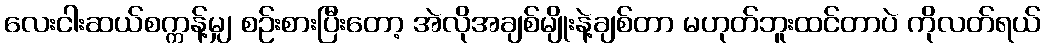
လေးငါးဆယ်စက္ကန့်မျှ စဉ်းစားပြီးတော့ အဲလိုအချစ်မျိုးနဲ့ချစ်တာ မဟုတ်ဘူးထင်တာပဲ ကိုလတ်ရယ်